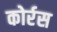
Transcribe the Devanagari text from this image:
कोर्रस